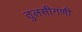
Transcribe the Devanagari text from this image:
तुलसीगणी